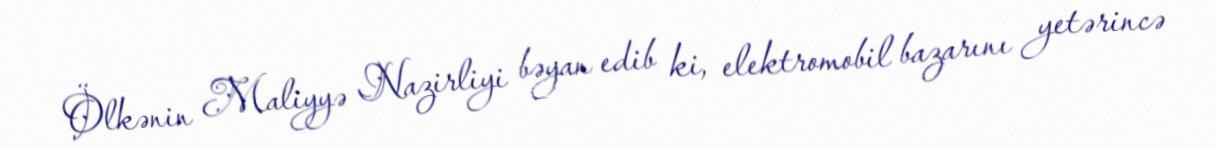
Ölkənin Maliyyə Nazirliyi bəyan edib ki, elektromobil bazarını yetərincə